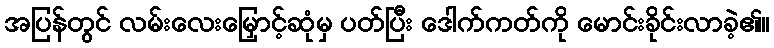
အပြန်တွင် လမ်းလေးမြှောင့်ဆုံမှ ပတ်ပြီး ဒေါက်ကတ်ကို မောင်းခိုင်းလာခဲ့၏။